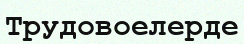
Трудовоелерде